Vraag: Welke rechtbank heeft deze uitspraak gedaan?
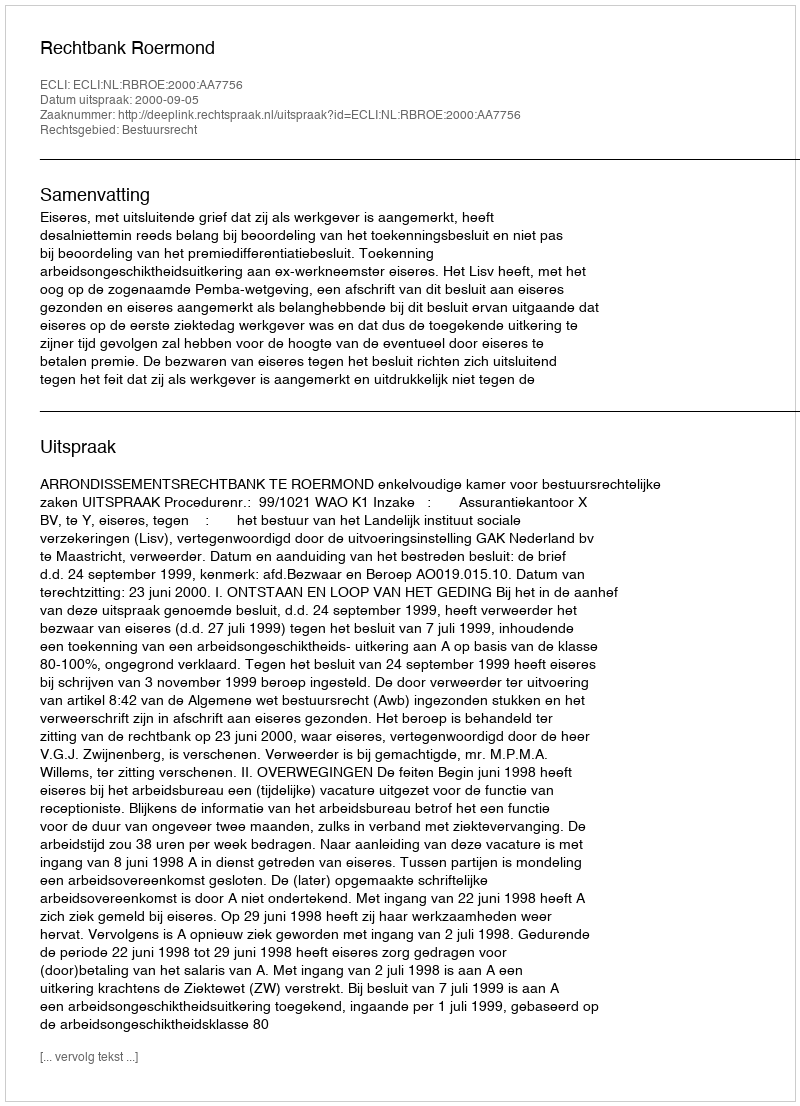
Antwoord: Rechtbank Roermond